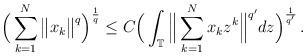
LaTeX: \begin{align*}\Big(\sum_{k=1}^N \big\| x_k \big\|^q \Big)^{\frac{1}{q}} \leq C \Big( \int_{\mathbb{T}} \Big\| \sum_{k=1}^N x_k z^{k} \Big\|^{q'} dz \Big)^{\frac{1}{q'}} \,.\end{align*}